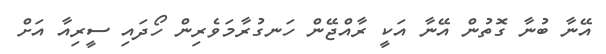
އޭނާ ބުނާ ގޮތުން އޭނާ އަކީ ރާއްޖޭން ހަނގުރާމަވެރިން ހޯދައި ސީރިއާ އަށް